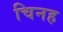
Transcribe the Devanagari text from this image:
चिनह